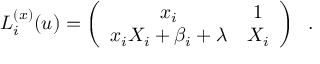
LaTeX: L _ { i } ^ { ( x ) } ( u ) = \left( \begin{array} { c c } { { x _ { i } } } & { { 1 } } \\ { { x _ { i } X _ { i } + \beta _ { i } + \lambda } } & { { X _ { i } } } \end{array} \right) \; \; .